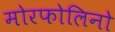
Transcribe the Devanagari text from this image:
मोरफोलिनो